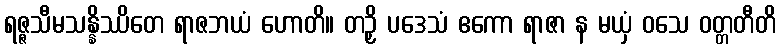
ရဇ္ဇသီမသန္နိဿိတေ ရာဇဘယံ ဟောတိ။ တဉှိ ပဒေသံ ဧကော ရာဇာ န မယှံ ဝသေ ဝတ္တတီတိ